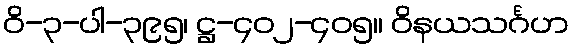
ဝိ-၃-ပါ-၃၉၅၊ ဋ္ဌ-၄၀၂-၄၀၅။ ဝိနယသင်္ဂဟ